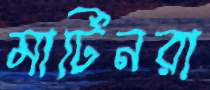
মার্টিনরা